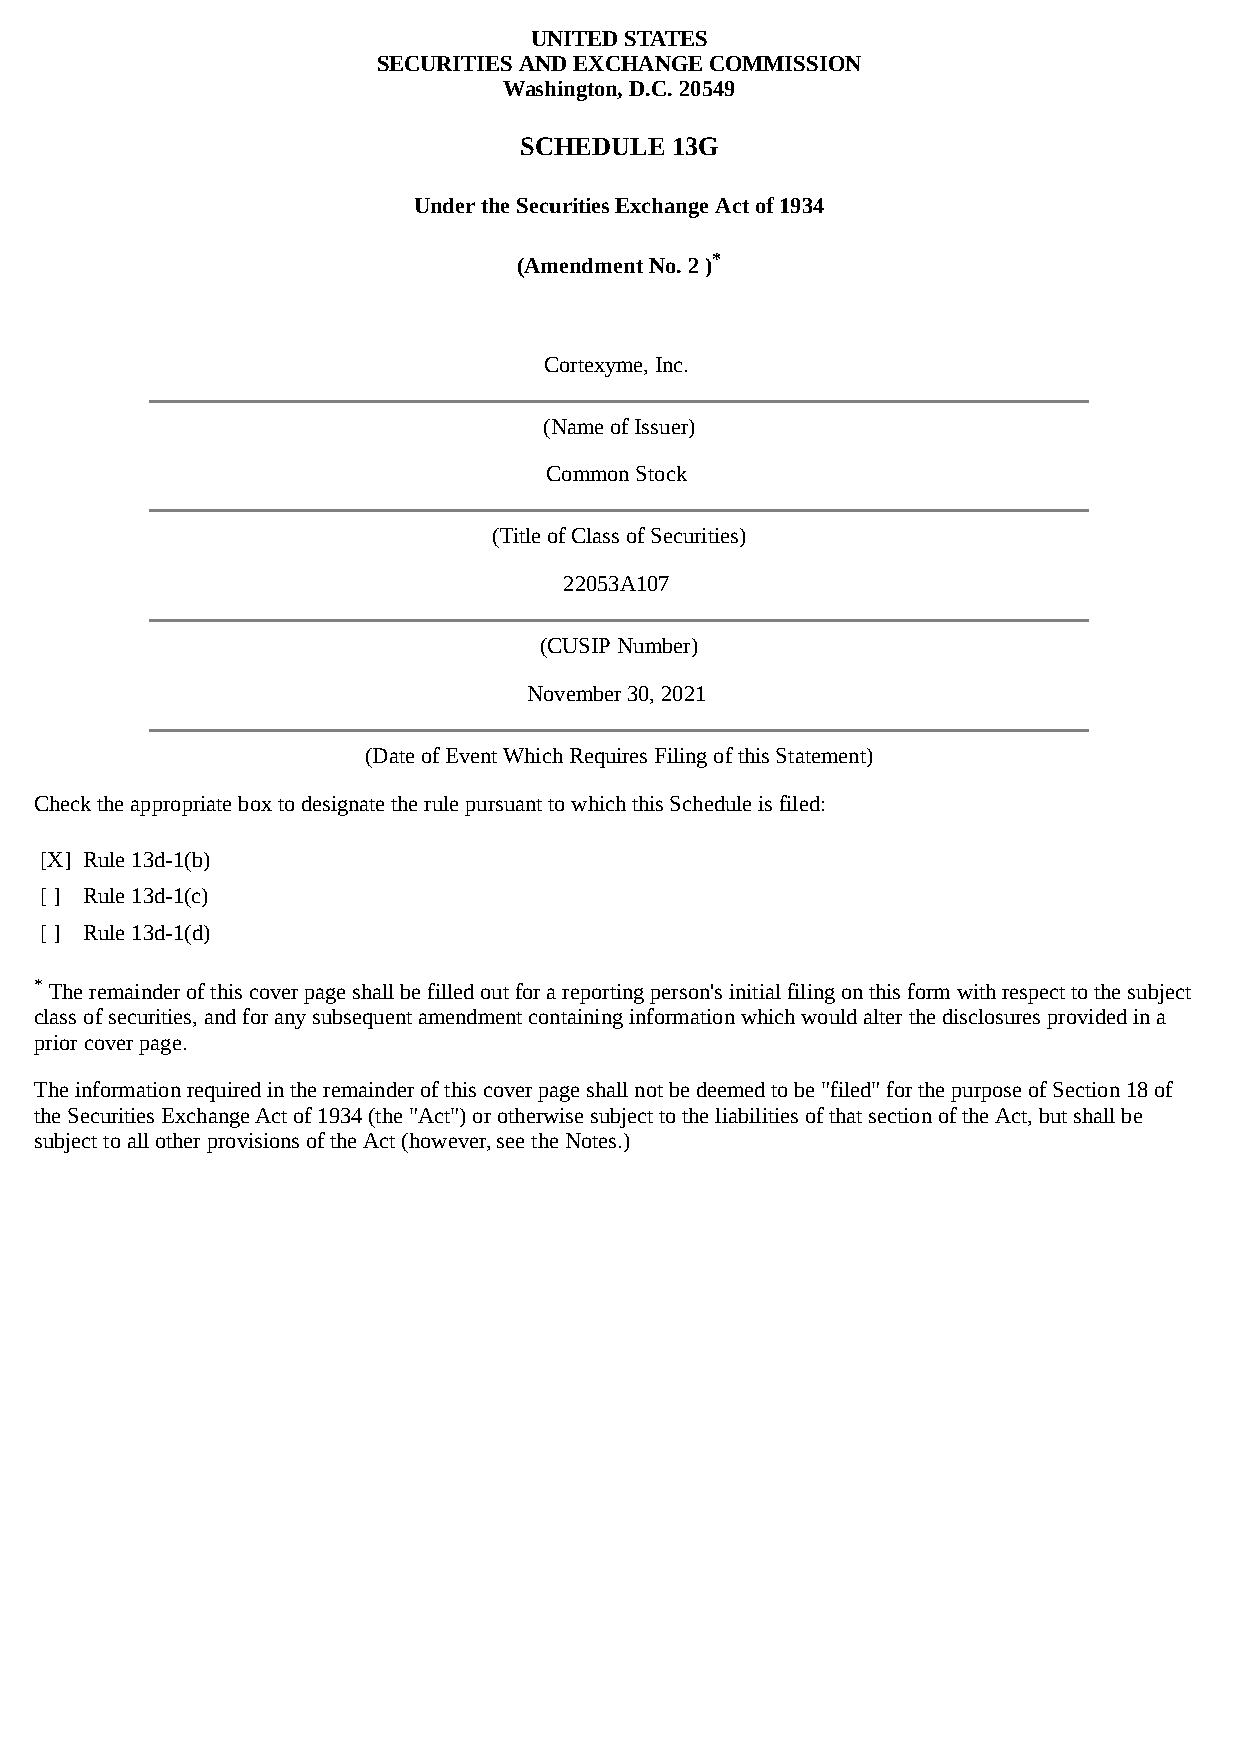
UNITED STATES
 SECURITIES AND EXCHANGE COMMISSION
 Washington, D.C. 20549
 SCHEDULE  13G
 Under the Securities Exchange Act of 1934
 (Amendment No. 2 )*
 Cortexyme, Inc.
 (Name of Issuer)
 Common Stock
 (Title of Class of Securities)
 22053A107
 (CUSIP Number)
 November 30, 2021
 (Date of Event Which Requires Filing of this Statement)
 Check the appropriate box to designate the rule pursuant to which this Schedule is filed:
 [X] Rule 13d-1(b)
 [ ] Rule 13d-1(c)
 [ ] Rule 13d-1(d)
 * The remainder of this cover page shall be filled out for a reporting person's initial filing on this form with respect to the subject
 class of securities, and for any subsequent amendment containing information which would alter the disclosures provided in a
 prior cover page.
 The information required in the remainder of this cover page shall not be deemed to be "filed" for the purpose of Section 18 of
 the Securities Exchange Act of 1934 (the "Act") or otherwise subject to the liabilities of that section of the Act, but shall be
 subject to all other provisions of the Act (however, see the Notes.)